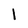
Character: 1